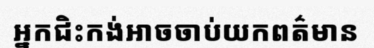
អ្នកជិះកង់អាចចាប់យកពត៌មាន